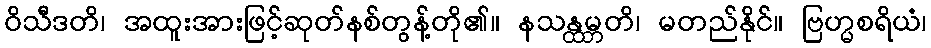
ဝိသီဒတိ၊ အထူးအားဖြင့်ဆုတ်နစ်တွန့်တို၏။ နသန္ထမ္ဘတိ၊ မတည်နိုင်။ ဗြဟ္မစရိယံ၊